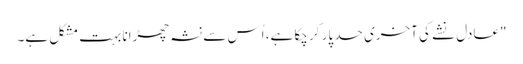
"عادل نشے کی آخری حد پار کر چکا ہے، اُس سے نشہ چھڑانا بہت مشکل ہے۔